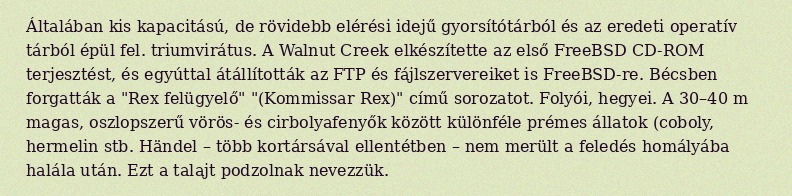
Általában kis kapacitású, de rövidebb elérési idejű gyorsítótárból és az eredeti operatív tárból épül fel. triumvirátus. A Walnut Creek elkészítette az első FreeBSD CD-ROM terjesztést, és egyúttal átállították az FTP és fájlszervereiket is FreeBSD-re. Bécsben forgatták a "Rex felügyelő" "(Kommissar Rex)" című sorozatot. Folyói, hegyei. A 30–40 m magas, oszlopszerű vörös- és cirbolyafenyők között különféle prémes állatok (coboly, hermelin stb. Händel – több kortársával ellentétben – nem merült a feledés homályába halála után. Ezt a talajt podzolnak nevezzük.